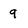
Character: 9